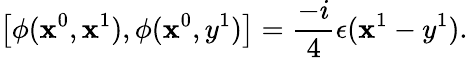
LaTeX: \left[\phi(\mathbf{x}^{0},\mathbf{x}^{1}),\phi(\mathbf{x}^{0},y^{1})\right]=\frac{{-i}}{{4}}\epsilon(\mathbf{x}^{1}-y^{1}).